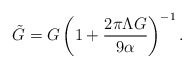
\begin{align*}\tilde{G}=G\left( 1+\frac{2\pi \Lambda G}{9\alpha }\right) ^{-1}.\end{align*}